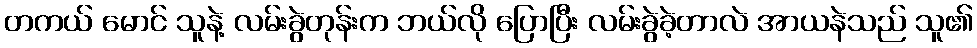
တကယ် မောင် သူနဲ့ လမ်းခွဲတုန်းက ဘယ်လို ပြောပြီး လမ်းခွဲခဲ့တာလဲ အာယနဲသည် သူ၏